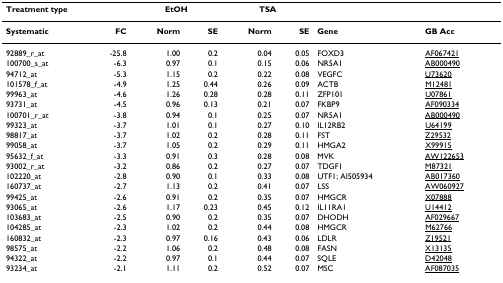
<table><thead><tr><td colspan="2"><b>Treatment type</b></td><td colspan="2"><b>EtOH</b></td><td colspan="2"><b>TSA</b></td><td></td><td></td></tr></thead><tbody><tr><td><b>Systematic</b></td><td><b>FC</b></td><td><b>Norm</b></td><td><b>SE</b></td><td><b>Norm</b></td><td><b>SE</b></td><td><b>Gene</b></td><td><b>GB Acc</b></td></tr><tr><td>92889_r_at</td><td>-25.8</td><td>1.00</td><td>0.2</td><td>0.04</td><td>0.05</td><td>FOXD3</td><td>AF067421</td></tr><tr><td>100700_s_at</td><td>-6.3</td><td>0.97</td><td>0.1</td><td>0.15</td><td>0.06</td><td>NR5A1</td><td>AB000490</td></tr><tr><td>94712_at</td><td>-5.3</td><td>1.15</td><td>0.2</td><td>0.22</td><td>0.08</td><td>VEGFC</td><td>U73620</td></tr><tr><td>101578_f_at</td><td>-4.9</td><td>1.25</td><td>0.44</td><td>0.26</td><td>0.09</td><td>ACTB</td><td>M12481</td></tr><tr><td>99963_at</td><td>-4.6</td><td>1.26</td><td>0.28</td><td>0.28</td><td>0.11</td><td>ZFP101</td><td>U07861</td></tr><tr><td>93731_at</td><td>-4.5</td><td>0.96</td><td>0.13</td><td>0.21</td><td>0.07</td><td>FKBP9</td><td>AF090334</td></tr><tr><td>100701_r_at</td><td>-3.8</td><td>0.94</td><td>0.1</td><td>0.25</td><td>0.07</td><td>NR5A1</td><td>AB000490</td></tr><tr><td>99323_at</td><td>-3.7</td><td>1.01</td><td>0.1</td><td>0.27</td><td>0.10</td><td>IL12RB2</td><td>U64199</td></tr><tr><td>98817_at</td><td>-3.7</td><td>1.02</td><td>0.2</td><td>0.28</td><td>0.11</td><td>FST</td><td>Z29532</td></tr><tr><td>99058_at</td><td>-3.7</td><td>1.05</td><td>0.2</td><td>0.29</td><td>0.11</td><td>HMGA2</td><td>X99915</td></tr><tr><td>95632_f_at</td><td>-3.3</td><td>0.91</td><td>0.3</td><td>0.28</td><td>0.08</td><td>MVK</td><td>AW122653</td></tr><tr><td>93002_r_at</td><td>-3.2</td><td>0.86</td><td>0.2</td><td>0.27</td><td>0.07</td><td>TDGF1</td><td>M87321</td></tr><tr><td>102220_at</td><td>-2.8</td><td>0.90</td><td>0.1</td><td>0.33</td><td>0.08</td><td>UTF1; AI505934</td><td>AB017360</td></tr><tr><td>160737_at</td><td>-2.7</td><td>1.13</td><td>0.2</td><td>0.41</td><td>0.07</td><td>LSS</td><td>AW060927</td></tr><tr><td>99425_at</td><td>-2.6</td><td>0.91</td><td>0.2</td><td>0.35</td><td>0.07</td><td>HMGCR</td><td>X07888</td></tr><tr><td>93065_at</td><td>-2.6</td><td>1.17</td><td>0.23</td><td>0.45</td><td>0.12</td><td>IL11RA1</td><td>U14412</td></tr><tr><td>103683_at</td><td>-2.5</td><td>0.90</td><td>0.2</td><td>0.35</td><td>0.07</td><td>DHODH</td><td>AF029667</td></tr><tr><td>104285_at</td><td>-2.3</td><td>1.02</td><td>0.2</td><td>0.44</td><td>0.08</td><td>HMGCR</td><td>M62766</td></tr><tr><td>160832_at</td><td>-2.3</td><td>0.97</td><td>0.16</td><td>0.43</td><td>0.06</td><td>LDLR</td><td>Z19521</td></tr><tr><td>98575_at</td><td>-2.2</td><td>1.06</td><td>0.2</td><td>0.48</td><td>0.08</td><td>FASN</td><td>X13135</td></tr><tr><td>94322_at</td><td>-2.2</td><td>0.97</td><td>0.1</td><td>0.44</td><td>0.07</td><td>SQLE</td><td>D42048</td></tr><tr><td>93234_at</td><td>-2.1</td><td>1.11</td><td>0.2</td><td>0.52</td><td>0.07</td><td>MSC</td><td>AF087035</td></tr></tbody></table>